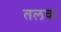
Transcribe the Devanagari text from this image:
तलक